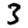
Digit: 3